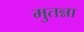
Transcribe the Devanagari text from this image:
मुतन्ना